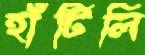
হাঁটিলি